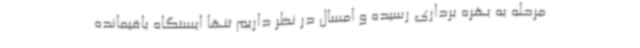
مرحله به بهره برداری رسیده و امسال در نظر داریم تنها ایستگاه باقیمانده